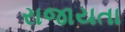
રાજાયતા